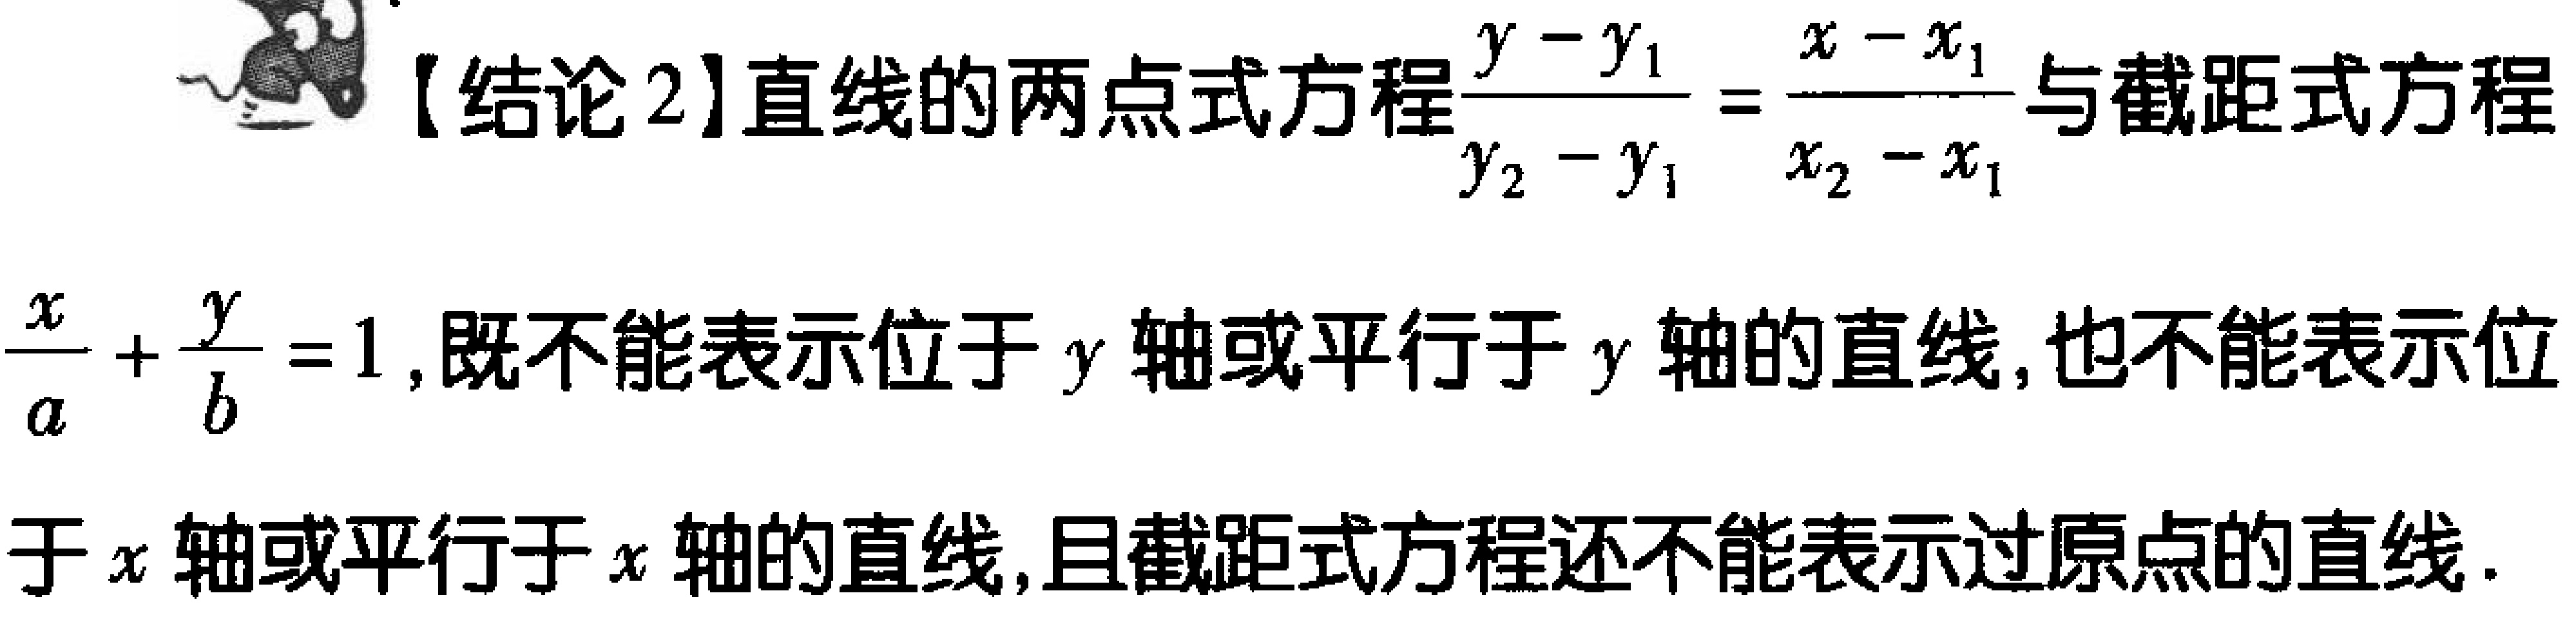
【结论2】直线的两点式方程$\frac{y - y_1}{y_2 - y_1} = \frac{x - x_1}{x_2 - x_1}$与截距式方程$\frac{x}{a} + \frac{y}{b} = 1$,既不能表示位于$y$轴或平行于$y$轴的直线,也不能表示位于$x$轴或平行于$x$轴的直线,且截距式方程还不能表示过原点的直线.